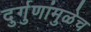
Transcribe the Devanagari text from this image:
दुर्गुणांमुळेच